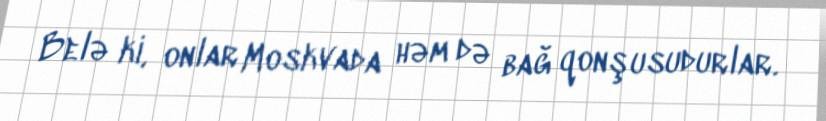
Belə ki, onlar Moskvada həm də bağ qonşusudurlar.